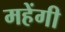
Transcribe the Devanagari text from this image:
महेंगी